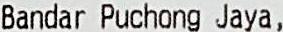
BANDAR PUCHONG JAYA,